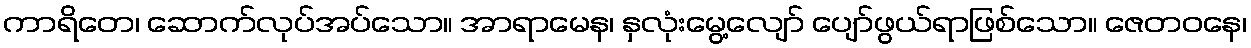
ကာရိတေ၊ ဆောက်လုပ်အပ်သော။ အာရာမေန၊ နှလုံးမွေ့လျော် ပျော်ဖွယ်ရာဖြစ်သော။ ဇေတဝနေ၊